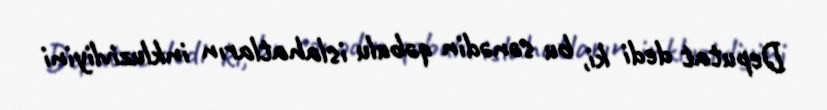
Deputat dedi ki, bu sənədin qəbulu islahatların inkluzivliyini